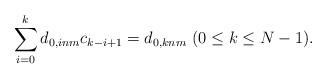
LaTeX: \begin{align*}\sum_{i=0}^{k}d_{0,inm}c_{k-i+1}=d_{0,knm}\,\,(0\le k\le N-1).\end{align*}